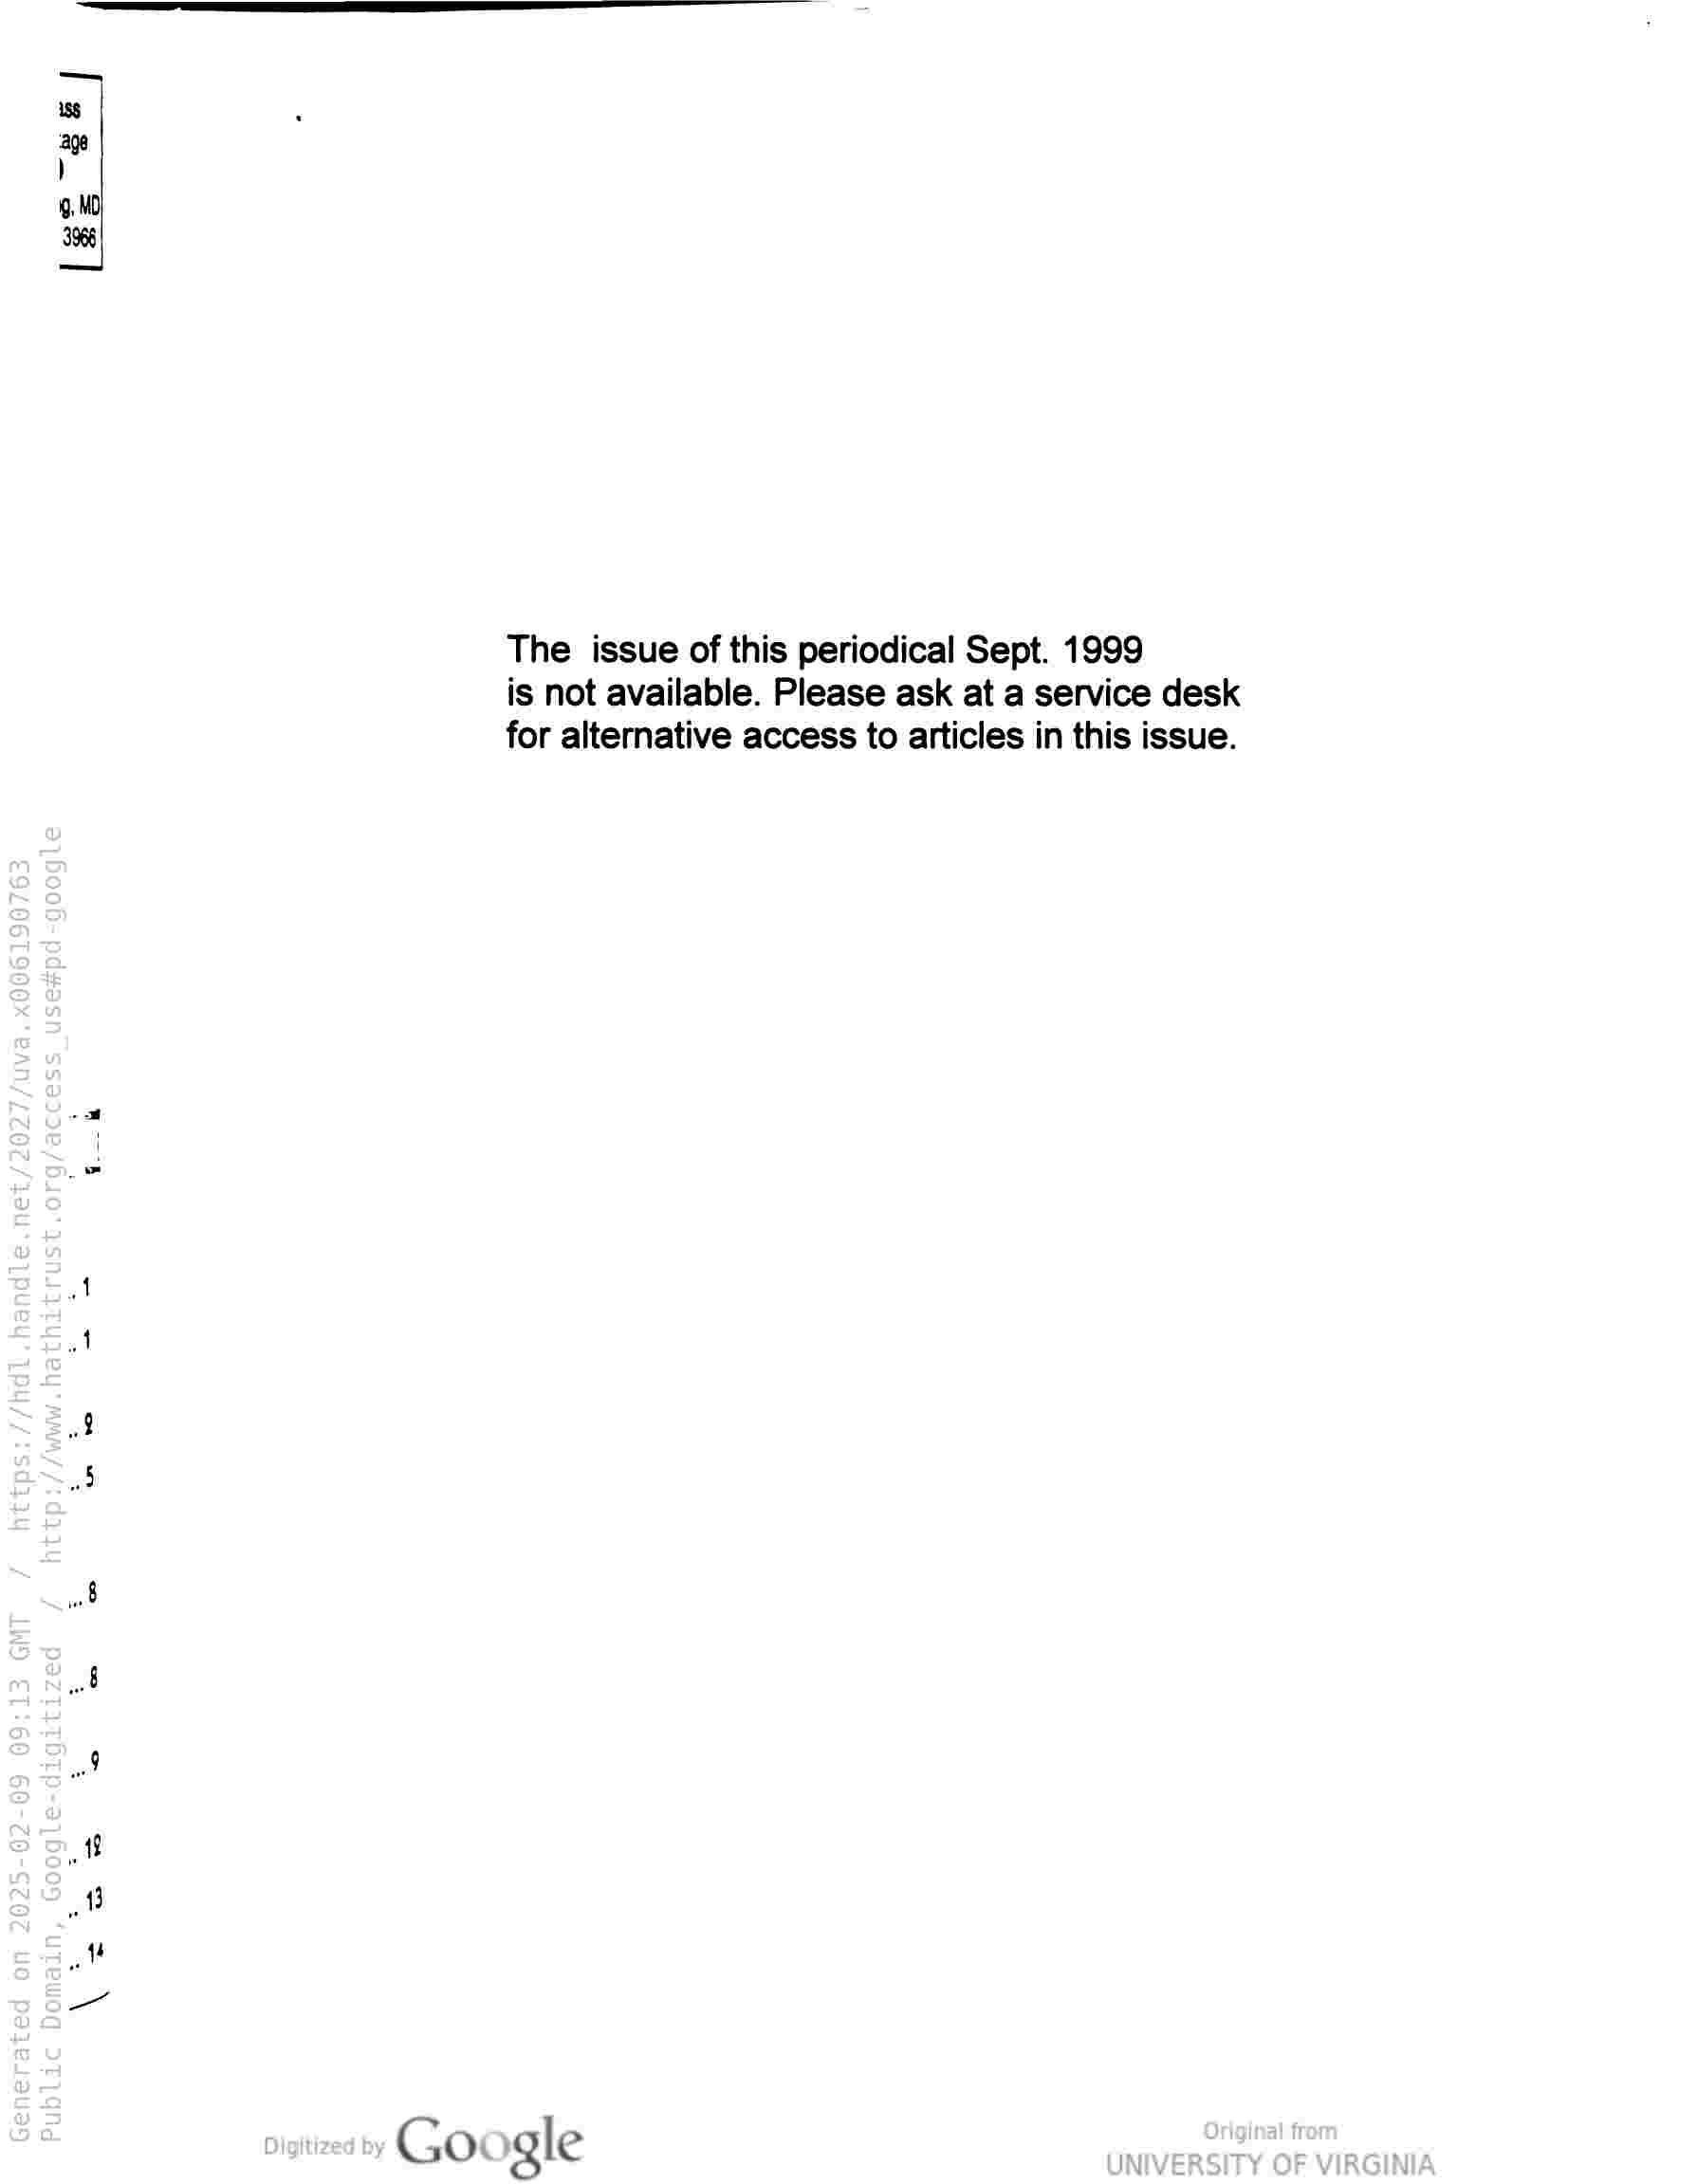
La

19, MD}
3968
The issue of this periodical Sept. 1999
is not available. Please ask at a service desk
for alternative access to articles in this issue.
A
al
wd
wo
Mf
4
” {
—

Google